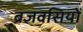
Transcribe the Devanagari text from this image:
ब्रजवसियों